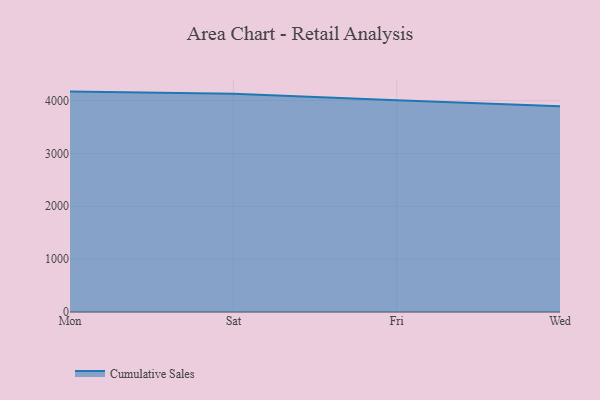
{"axis": {"x": "Day", "y": "Churn Rate (%)"}, "legend": ["Cumulative Sales"], "data": [{"x": "Mon", "y": 4169.8, "type": "Cumulative Sales"}, {"x": "Sat", "y": 4128.2, "type": "Cumulative Sales"}, {"x": "Fri", "y": 4005.5, "type": "Cumulative Sales"}, {"x": "Wed", "y": 3893.6, "type": "Cumulative Sales"}]}